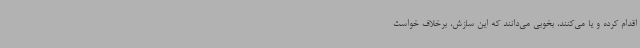
اقدام کرده و یا می‌کنند، بخوبی می‌دانند که این سازش، برخلاف خواست